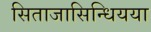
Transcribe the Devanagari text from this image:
सिताजासिन्धियया